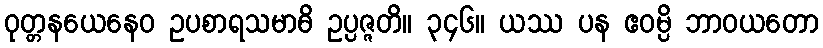
ဝုတ္တနယေနေဝ ဥပစာရသမာဓိ ဥပ္ပဇ္ဇတိ။ ၃၄၆။ ယဿ ပန ဧဝမ္ပိ ဘာဝယတော